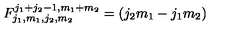
F _ { j _ { 1 } , m _ { 1 } , j _ { 2 } , m _ { 2 } } ^ { j _ { 1 } + j _ { 2 } - 1 , m _ { 1 } + m _ { 2 } } = ( j _ { 2 } m _ { 1 } - j _ { 1 } m _ { 2 } )